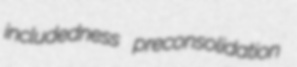
includedness preconsolidation